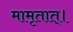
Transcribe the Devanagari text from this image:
मामृतात्‌।